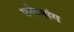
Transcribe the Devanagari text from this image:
मगेलांग